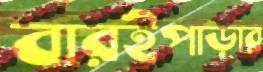
বারইপাড়ার